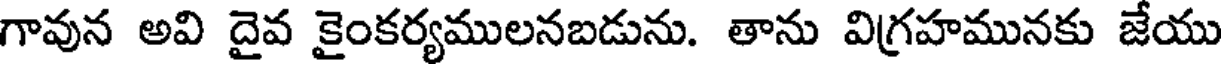
గావున అవి దైవ కైంకర్యములనబడును. తాను విగ్రహమునకు జేయు